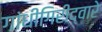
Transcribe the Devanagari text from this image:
गांधीगिरीद्वारे